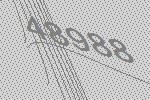
48988